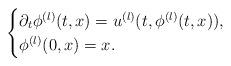
LaTeX: \begin{align*}\begin{cases}\partial_t \phi^{(l)}(t,x) = u^{(l)}(t,\phi^{(l)}(t,x)), \\\phi^{(l)}(0,x)=x.\end{cases}\end{align*}